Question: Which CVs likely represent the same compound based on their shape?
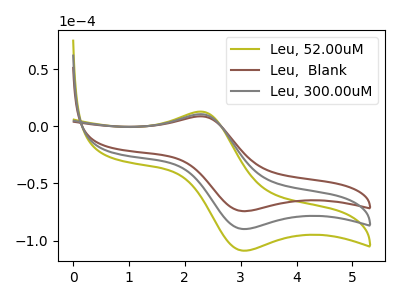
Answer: <think>The olive curve "Leu, 52.00uM" has an anodic peak at (2.30V, 21.30uA) and a cathodic peak at (3.05V, -179.65uA). The brown curve "Leu,  Blank" has an anodic peak at (2.30V, 8.80uA) and a cathodic peak at (3.05V, -74.20uA). The gray curve "Leu, 300.00uM" has an anodic peak at (2.30V, 10.65uA) and a cathodic peak at (3.05V, -89.85uA).
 All the peaks in "Leu, 52.00uM" have a peak in "Leu,  Blank" at the same potential. Every peak in "Leu, 52.00uM" is higher than every peak in "Leu,  Blank". All the peaks in "Leu, 52.00uM" have a peak in "Leu, 300.00uM" at the same potential. Every peak in "Leu, 52.00uM" is higher than every peak in "Leu, 300.00uM". All the peaks in "Leu,  Blank" have a peak in "Leu, 300.00uM" at the same potential. Every peak in "Leu,  Blank" is lower than every peak in "Leu, 300.00uM".</think>
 <answer>"Leu,  Blank", "Leu, 52.00uM" and "Leu, 300.00uM" have the same shape and are likely CV's of the same chemical.</answer>
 <eval>"Leu,  Blank" "Leu, 52.00uM" "Leu, 300.00uM"</eval>